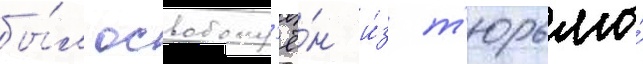
бы́л освобожд'ё́н и́з т'юрьмы́